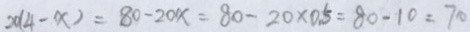
2 0 ( 4 - x ) = 8 0 - 2 0 x = 8 0 - 2 0 \times 0 . 5 = 8 0 - 1 0 = 7 0